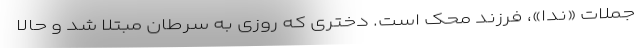
جملات «ندا»، فرزند محک است. دختری که روزی به سرطان مبتلا شد و حالا